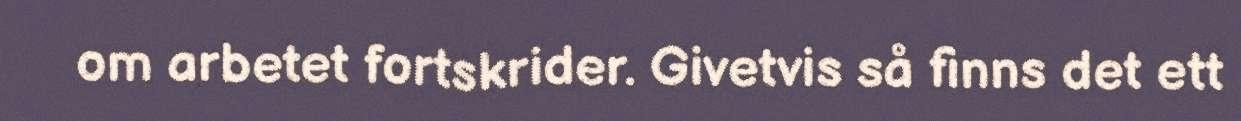
om arbetet fortskrider. Givetvis så finns det ett